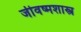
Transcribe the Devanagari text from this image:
जीवष्मशास्त्र